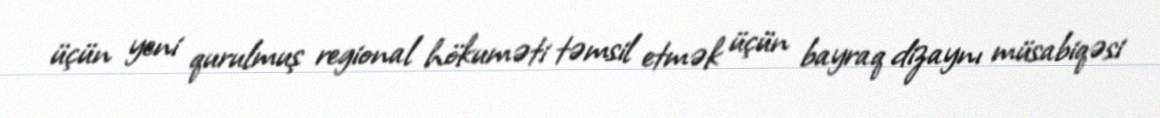
üçün yeni qurulmuş regional hökuməti təmsil etmək üçün bayraq dizaynı müsabiqəsi